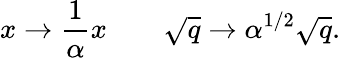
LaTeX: x\rightarrow{\frac{1}{\alpha}}x\qquad\sqrt{q}\rightarrow\alpha^{{1/2}}\sqrt{q}.